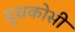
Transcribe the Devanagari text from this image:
दूधकोसी